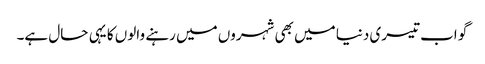
گو اب تیسری دنیا میں بھی شہروں میں رہنے والوں کا یہی حال ہے۔